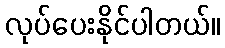
လုပ်ပေးနိုင်ပါတယ်။